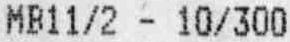
MB11/2 - 10/300